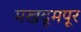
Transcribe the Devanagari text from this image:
मखदूमपूर